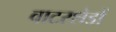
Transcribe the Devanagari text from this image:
वाटरशेडों